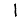
Digit: 1